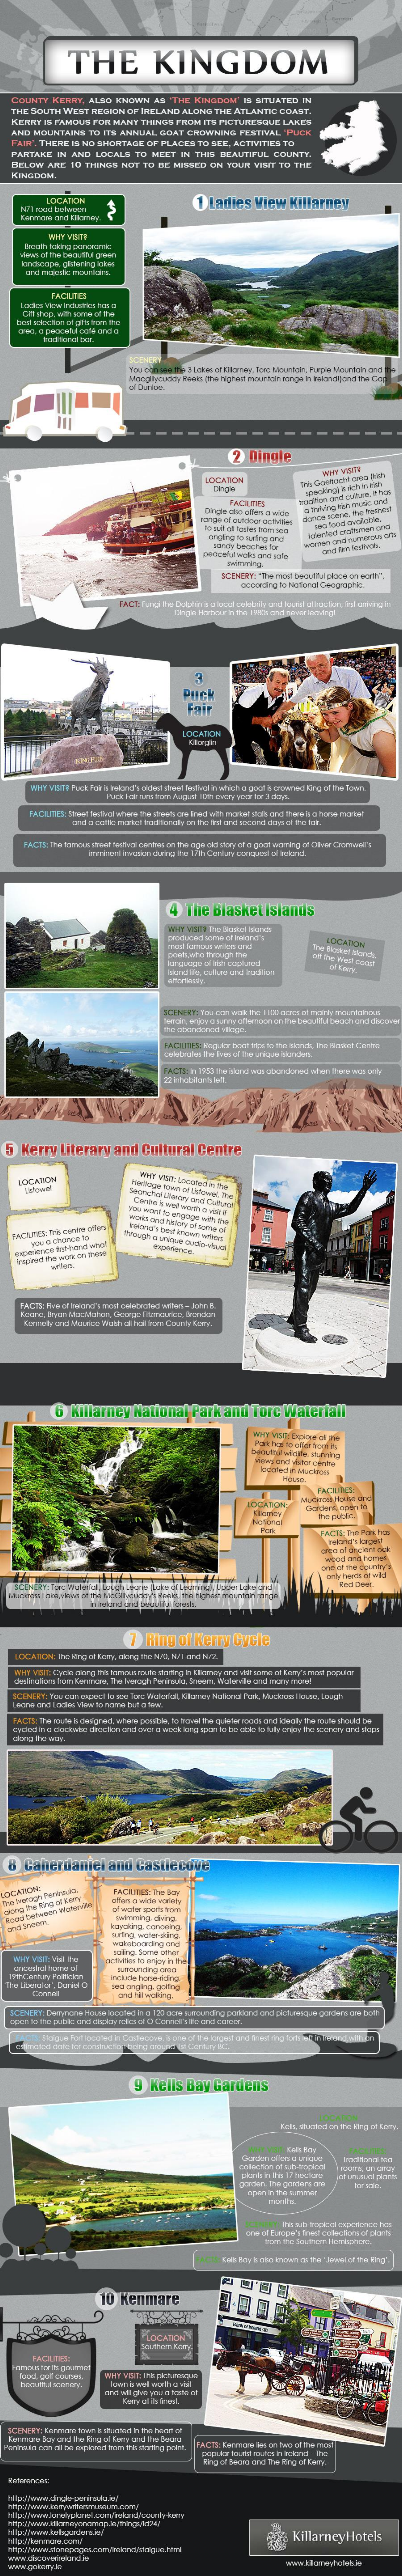
THE    KINGDOM
   COUNTY   KERRY,   ALSO  KNOWN    AS   THE  KINGDOM'    && SITUATED   IN
   THE SOUTH   WENT   KEDICH  OF IRELAND   ALONG   THE ATLANTIC   COANT.
   KERRY  IS FANOUS   FOR  MANY  THINGS  FROM   ITS PICTURESQUE    LAKES
   AND  MOUNTAINS    TO ITS ANNUAL    SOAT  CROWNING    FESTIVAL    PUCK
   FAIR . THERE  IS NO SHORTAGE    OF PLACES   TO SEE, ACTIVITIES  TO
   PARTANE   IN  AND  LOCALS    TO  MEET   IN THE   BEAUTIFUL    COUNTY.
   BELOW   ARE   10 THINON   HOT  TO THE MINNED   ON  TOUR  VINIT TO  THE
   KINGDOM
     LOCATION    1 Ladies    View    Killarney
     5'I rood beton
     VIHT VOIR
     twait-taking panotonic
     slow of the beautrul gscon
     Can itop, with lots of the
    bet saction of gitti thoin the
     Maxplivouddy Festa the highest mountain tange in holand land the Gas
     of Duros.
     2  Dingle
     IDCATCH
     Ina Gostocr omo Inn
     FALLITIS
     Orighe ohio offer a alde
     anging ile turing ong
     relining
     according to National Geographic.
     FACE Fingi the Dolphin kt & ood century and tourist athaction, inf antire in
     3
     Fair
     OCATION
     Puck For rane hors Augu
     wat forting in which a goat's crowned King of the Tour.
     Imminent imcion during the 1St Century conquest of ireland!
     The   Blasket    Islands
     LOICANON
     the bbandored vilage.
     22 hhobytort let
  5 Kerry    Literary    and   Cultural    Centre
    LOCATION
     you a chance to
     Kemely and Maurice Wolin al hal thom County Kety.
     ) Killarney    National    Park    and    Torc   Waterfall
     Punt hol to offer bogl ity
     one of the Coum
     7   Ring    of  Kerry    Cycle
    FACTS: The toute in Dergrad, where ponitsa, to travel the-pilotar mozi and iceghy the route should be
    cyced in a ciodhela deaction and aver a weak long span ta ba atile ka fully enjoy the scenery and ihope
     Caherdaniel    and   Gasilecove
  aking we long of Leut
  and Vara.
     wokeboarding and
     loing. Some Diter
     activities to-enjoy in that.
     rounding area
     Comeil    and hå agiking.
     out and theet ting korn wali
     9   Kells    Bay    Gardens
     felt, situated on the king of Keny.
     Keh boy
     ub-topod
     Traditional leg
     IPrescre
     10  Kenmare
     LOCATION
     food. pod courst.
  SCTHIRT. barwane lows k itated h Ta heat at
     ACHI: Farmene lin on heo of the most
     populor lautet routan in hekand - The
     king of Boca and The king of Kerry.